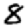
Digit: 8